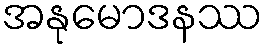
အနုမောဒနဿ